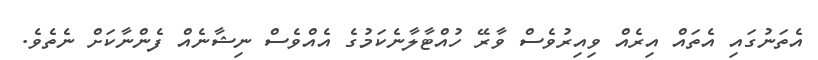
އެތަނުގައި އެތައް އިރެއް ވިއިރުވެސް ވާރޭ ހުއްޓާލާނެކަމުގެ އެއްވެސް ނިޝާނެއް ފެންނާކަށް ނެތެވެ.